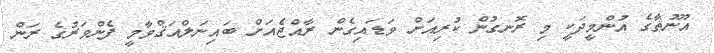
އުނޫޘާގެ އުންމީދަކީ މި ރޮނގުން ކުރިއަށް ވަޑައިގެން ރާއްޖެއަށް ބައިނަލްއަޤްވާމީ ފެންވަރުގެ ރަން